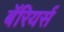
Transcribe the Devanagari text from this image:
बॅरियर्स